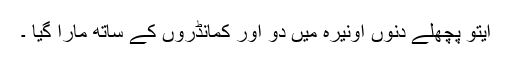
ایتو پچھلے دنوں آونیرہ میں دو اور کمانڈروں کے ساتھ مارا گیا ۔